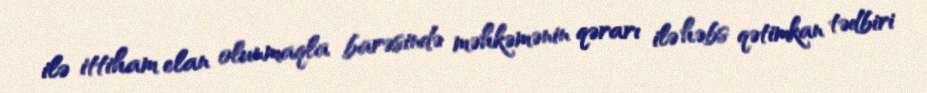
ilə ittiham elan olunmaqla barəsində məhkəmənin qərarı ilə həbs qətimkan tədbiri